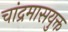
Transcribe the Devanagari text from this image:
चांद्रमासयुक्त